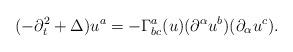
LaTeX: \begin{align*} (- \partial_t^2 + \Delta) u^a = -\Gamma^a_{bc}(u) (\partial^{\alpha} u^b) (\partial_{\alpha} u^c).\end{align*}